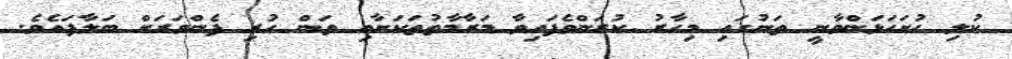
ކުލި ހުށަހަޅަންވާނީ ތަނުގައި މިހާރު ކުރަންވެފައިވާ މަރާމާތުތަކަށާއި ތަން ހުރި ފެންވަރަށް ބަލާފައެވެ.